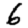
Digit: 6